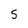
Character: S